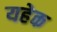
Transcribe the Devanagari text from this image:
यहेक